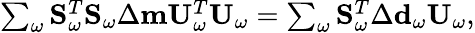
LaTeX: \begin{array}{r}{\sum_{\omega}\mathbf{S}_{\omega}^{T}\mathbf{S}_{\omega}\Delta\mathbf{m}\mathbf{U}_{\omega}^{T}\mathbf{U}_{\omega}=\sum_{\omega}\mathbf{S}_{\omega}^{T}\Delta\mathbf{d}_{\omega}\mathbf{U}_{\omega},}\end{array}